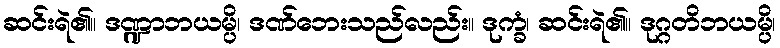
ဆင်းရဲ၏။ ဒဏ္ဍာဘယမ္ပိ၊ ဒဏ်ဘေးသည်လည်း။ ဒုက္ခံ၊ ဆင်းရဲ၏။ ဒုဂ္ဂတိဘယမ္ပိ၊